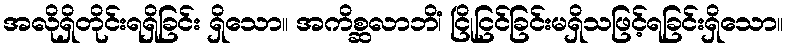
အလိုရှိတိုင်းရရှိခြင်း ရှိသော။ အကိစ္ဆလာဘိံ၊ ငြိုငြင်ခြင်းမရှိသဖြင့်ရခြင်းရှိသော။